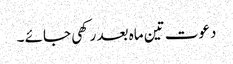
دعوت تین ماہ بعد رکھی جائے ۔